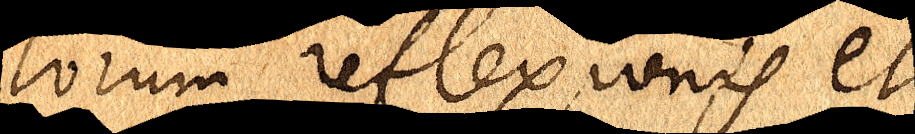
lorum reflexionis et